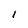
Character: I